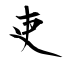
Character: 吏